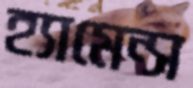
হ্যামেন্স